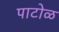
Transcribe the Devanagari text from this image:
पाटोळ